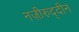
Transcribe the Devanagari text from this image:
नज़ीरुद्दीन